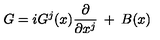
G = i G ^ { j } ( x ) \frac { \partial } { \partial x ^ { j } } \: + \: B ( x )